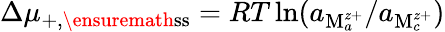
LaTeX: \Delta\mu_{+,\ensuremath{\mathrm{ss}}}=RT\ln(a_{\mathrm{M}_{a}^{z+}}/a_{\mathrm{M}_{c}^{z+}})